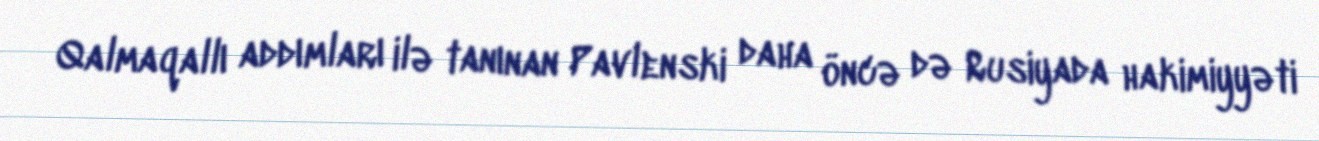
Qalmaqallı addımları ilə tanınan Pavlenski daha öncə də Rusiyada hakimiyyəti